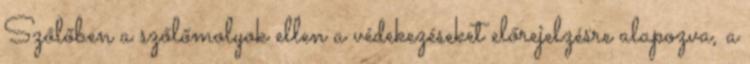
Szőlőben a szőlőmolyok ellen a védekezéseket előrejelzésre alapozva, a